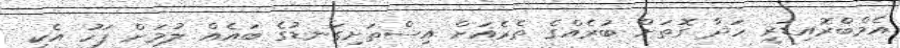
އެމްބްރޮއިޑަރީ ހަދާ ގޮތަށް ބުރެއްގެ ތެރެއަށް އިސްތަށިގަނޑުގެ ބައެއް ލުމަށް ފަހު އެކި